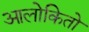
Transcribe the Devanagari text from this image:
आलोकितो